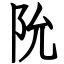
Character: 阭